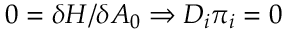
0 = \delta H / \delta A _ { 0 } \Rightarrow D _ { i } \pi _ { i } = 0